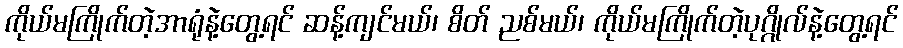
ကိုယ်မကြိုက်တဲ့အာရုံနဲ့တွေ့ရင် ဆန့်ကျင်မယ်၊ စိတ် ညစ်မယ်၊ ကိုယ်မကြိုက်တဲ့ပုဂ္ဂိုလ်နဲ့တွေ့ရင်